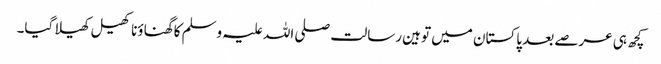
کچھ ہی عرصے بعد پاکستان میں توہین رسالت صلی اللہ علیہ وسلم کا گھناؤنا کھیل کھیلا گیا۔